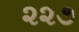
૨૨૭